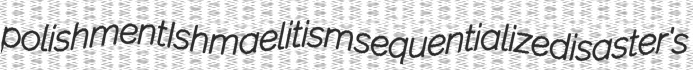
polishment Ishmaelitism sequentialize disaster's